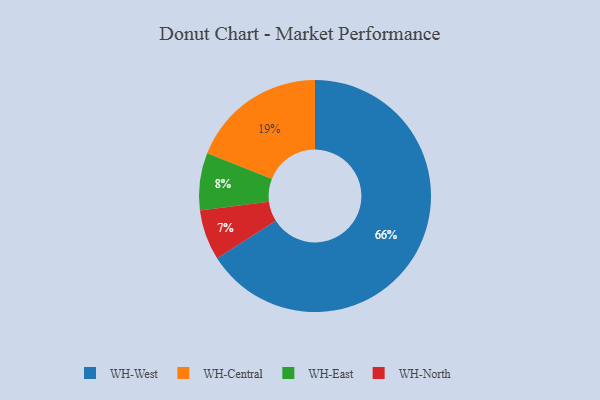
{"axis": {"x": "Category", "y": "Percentage"}, "legend": ["WH-Central", "WH-East", "WH-North", "WH-West"], "data": [{"x": "WH-East", "y": 8, "type": "WH-East"}, {"x": "WH-North", "y": 7, "type": "WH-North"}, {"x": "WH-Central", "y": 19, "type": "WH-Central"}, {"x": "WH-West", "y": 66, "type": "WH-West"}]}